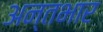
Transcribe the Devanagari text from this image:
अन्तभार